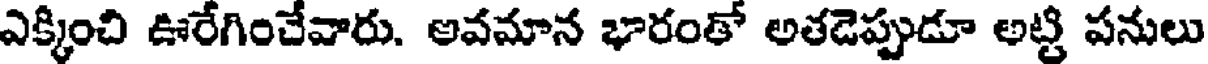
ఎక్కించి ఊరేగించేవారు. అవమాన భారంతో అతడెప్పుడూ అట్టి పనులు